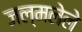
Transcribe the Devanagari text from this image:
जल्मलेले